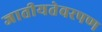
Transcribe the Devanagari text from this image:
जातीयतेवरपण